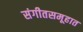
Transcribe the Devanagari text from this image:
संगीतसमूहात